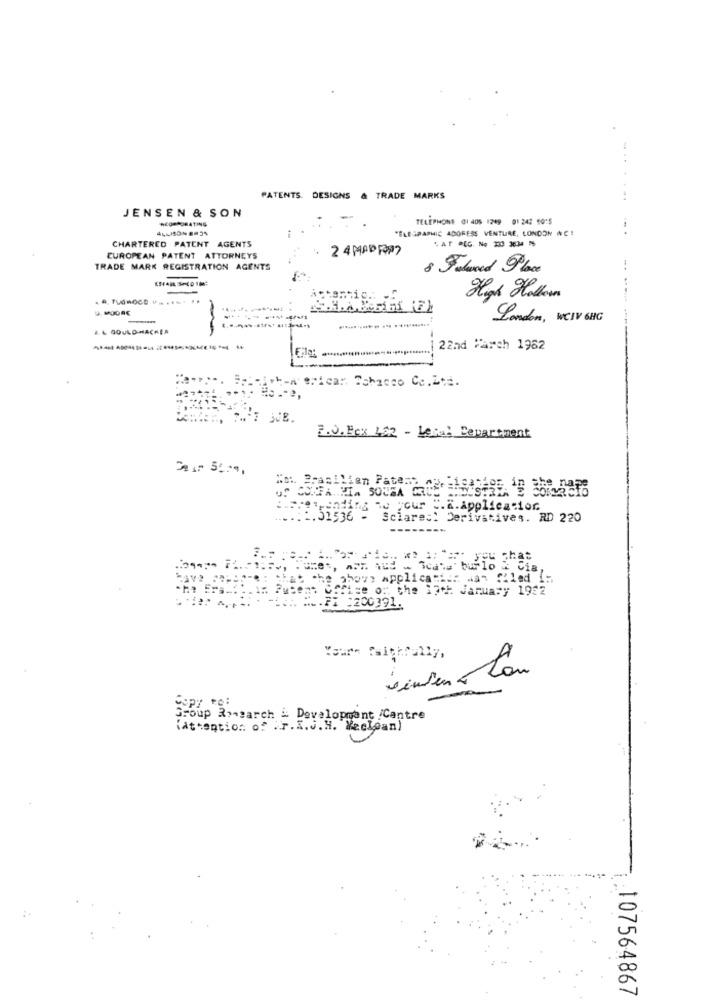
PATENTS. DESIGNS & TRADE MARKS
JENSEN & SON
ACOORDRATING
TELEPHONE CI 405 1209 01 242 1015
"ELESRAPHIC ADORESS VENTURE, LONDON INC!
CHARTERED PATENT
AGENTS
2 4 MAD RAS
EUROPEAN PATENT ATTORNEYS
TRADE MARK REGISTRATION AGENTS
8 Feland Place
High Hollow
-
London, WCIV 6HG
&L GOULDHACKEA
-
22nd March 1962
F.J. Fcx 182 - Legal Department
responding
Re your C.a.Application
....: 1. 51536 - Sciareci Derivatives. RD 220
---
- Bed's bu
burlo & Cia,
shove application was filed in
: the 17th January 1922
12003
Yours faithfully,
einten tan
copy re:
iAttention of .r.L.J.H. Weclean)
107564867